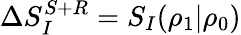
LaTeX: \Delta S_{I}^{S+R}=S_{I}(\rho_{1}|\rho_{0})